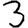
Digit: 3